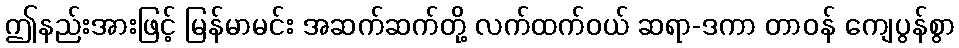
ဤနည်းအားဖြင့် မြန်မာမင်း အဆက်ဆက်တို့ လက်ထက်ဝယ် ဆရာ-ဒကာ တာဝန် ကျေပွန်စွာ